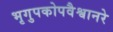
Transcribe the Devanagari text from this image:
भृगुपकोपवैश्वानरे